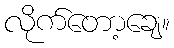
လိုက်တော့ချေ။